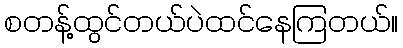
စတန့်ထွင်တယ်ပဲထင်နေကြတယ်။